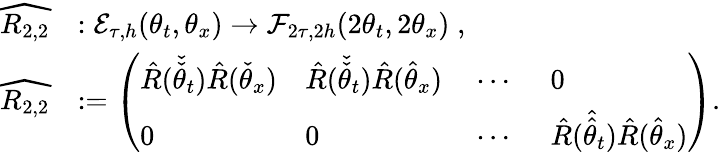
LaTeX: \begin{array}{rl}{\widehat{R_{2,2}}}&{:\mathcal{E}_{\tau,h}(\theta_{t},\theta_{x})\to\mathcal{F}_{2\tau,2h}(2\theta_{t},2\theta_{x})\; ,}\\ {\widehat{R_{2,2}}}&{:=\left(\begin{array}{llll}{\hat{R}(\check{\check{\theta}}_{t})\hat{R}(\check{\theta}_{x})}&{\hat{R}(\check{\check{\theta}}_{t})\hat{R}(\hat{\theta}_{x})}&{\: \cdots\: \: }&{0}\\ {0}&{0}&{\: \cdots\: \: }&{\hat{R}(\hat{\hat{\theta}}_{t})\hat{R}(\hat{\theta}_{x})}\end{array}\right).}\end{array}